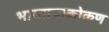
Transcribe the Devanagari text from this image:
भारताचाकोकण